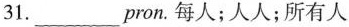
31.___pron.每人；人人；所有人